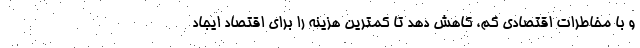
و با مخاطرات اقتصادی کم، کاهش دهد تا کمترین هزینه را برای اقتصاد ایجاد